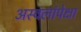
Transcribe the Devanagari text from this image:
अस्वलांपेक्षा